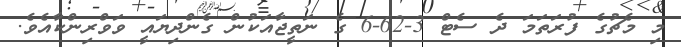
މި މެޗުގެ ފުރަތަމަ ދެ ސެޓް 3-62-6 ގެ ނަތީޖާއަކުން ގެންދިޔައީ ވަވްރިންކާއެވެ.